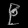
Digit: ၉